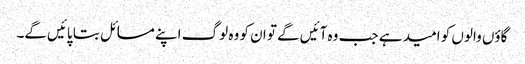
گاؤں والوں کو امید ہے جب وہ آئیں‌گے تو ان کو وہ لوگ اپنے مسائل بتا پائیں‌گے۔